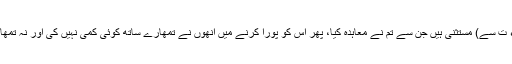
وہ مشرکین، البتہ (اِس اعلان براء ت سے) مستثنیٰ ہیں جن سے تم نے معاہدہ کیا، پھر اُس کو پورا کرنے میں اُنھوں نے تمھارے ساتھ کوئی کمی نہیں کی اور نہ تمھارے خلاف کسی کی مدد کی ہے۔